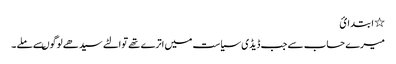
٭ ا بتد ا ئ
میرے حساب سے جب ڈیڈی سیاست میں اترے تھے توالٹے سیدھے لوگوںسے ملے ۔